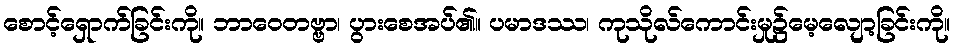
စောင့်ရှောက်ခြင်းကို။ ဘာဝေတဗ္ဗာ၊ ပွားစေအပ်၏။ ပမာဒဿ၊ ကုသိုလ်ကောင်းမှု၌မေ့လျော့ခြင်းကို။